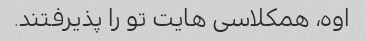
اوه، همکلاسی هایت تو را پذیرفتند.